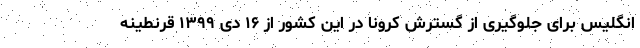
انگلیس برای جلوگیری از گسترش کرونا در این کشور از ۱۶ دی ۱۳۹۹ قرنطینه